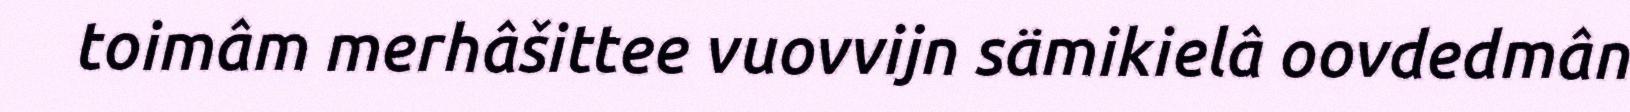
toimâm merhâšittee vuovvijn sämikielâ oovdedmân